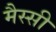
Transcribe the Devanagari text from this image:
मैस्सी